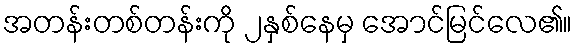
အတန်းတစ်တန်းကို ၂နှစ်နေမှ အောင်မြင်လေ၏။